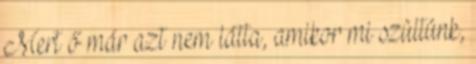
Mert ő már azt nem látta, amikor mi szültünk,